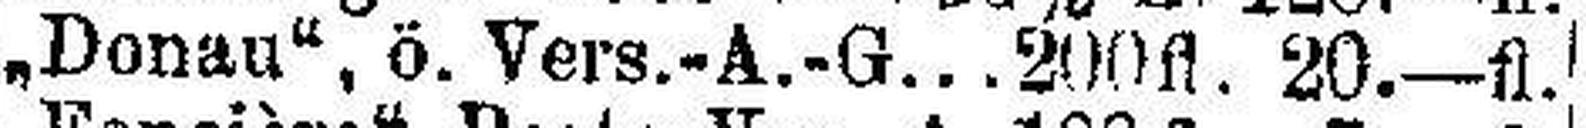
„Donau“, ö. Vers.-A.-G...200fl. 20.—fl.